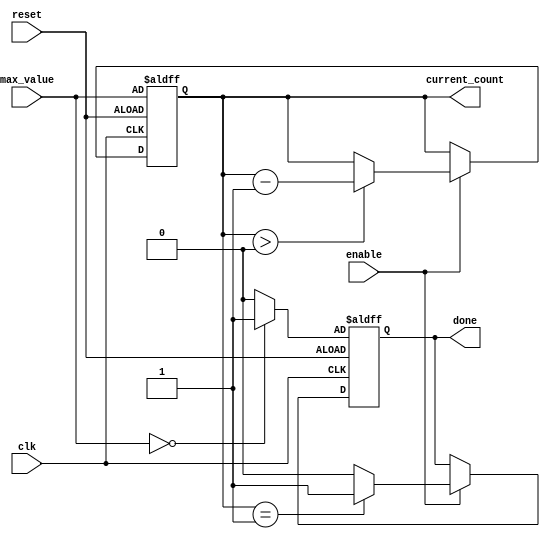
module decremental_counter (
    input wire clk,
    input wire reset,
    input wire enable,
    input wire [7:0] max_value, // Assuming max_value is 8 bits wide
    output reg [7:0] current_count,
    output reg done
);
    
    // Initial value for done flag
    initial begin
        current_count = 0;
        done = 1'b0; // Initially not done
    end

    always @(posedge clk or posedge reset) begin
        if (reset) begin
            // Reset the counter to max_value on reset
            current_count <= max_value;
            done <= (max_value == 0) ? 1'b1 : 1'b0; // Done if max_value is 0
        end else if (enable) begin
            // Decrement the counter when enabled
            if (current_count > 0) begin
                current_count <= current_count - 1;
            end
            
            // Assert done flag when current_count reaches zero
            done <= (current_count == 1) ? 1'b1 : 1'b0; // Set done when going to zero
        end
    end
    
endmodule